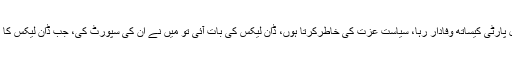
نوازشریف اور ان کے پیادوں کو کہتا ہوں 34 سال پارٹی کیساتھ وفادار رہا، سیاست عزت کی خاطرکرتا ہوں، ڈان لیکس کی بات آئی تو میں نے ان کی سپورٹ کی، جب ڈان لیکس کا مسئلہ آیا توان میں سے ایک بندہ بھی نہیں بولا تھا۔